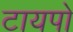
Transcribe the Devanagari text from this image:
टायपो